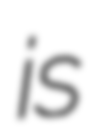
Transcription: is